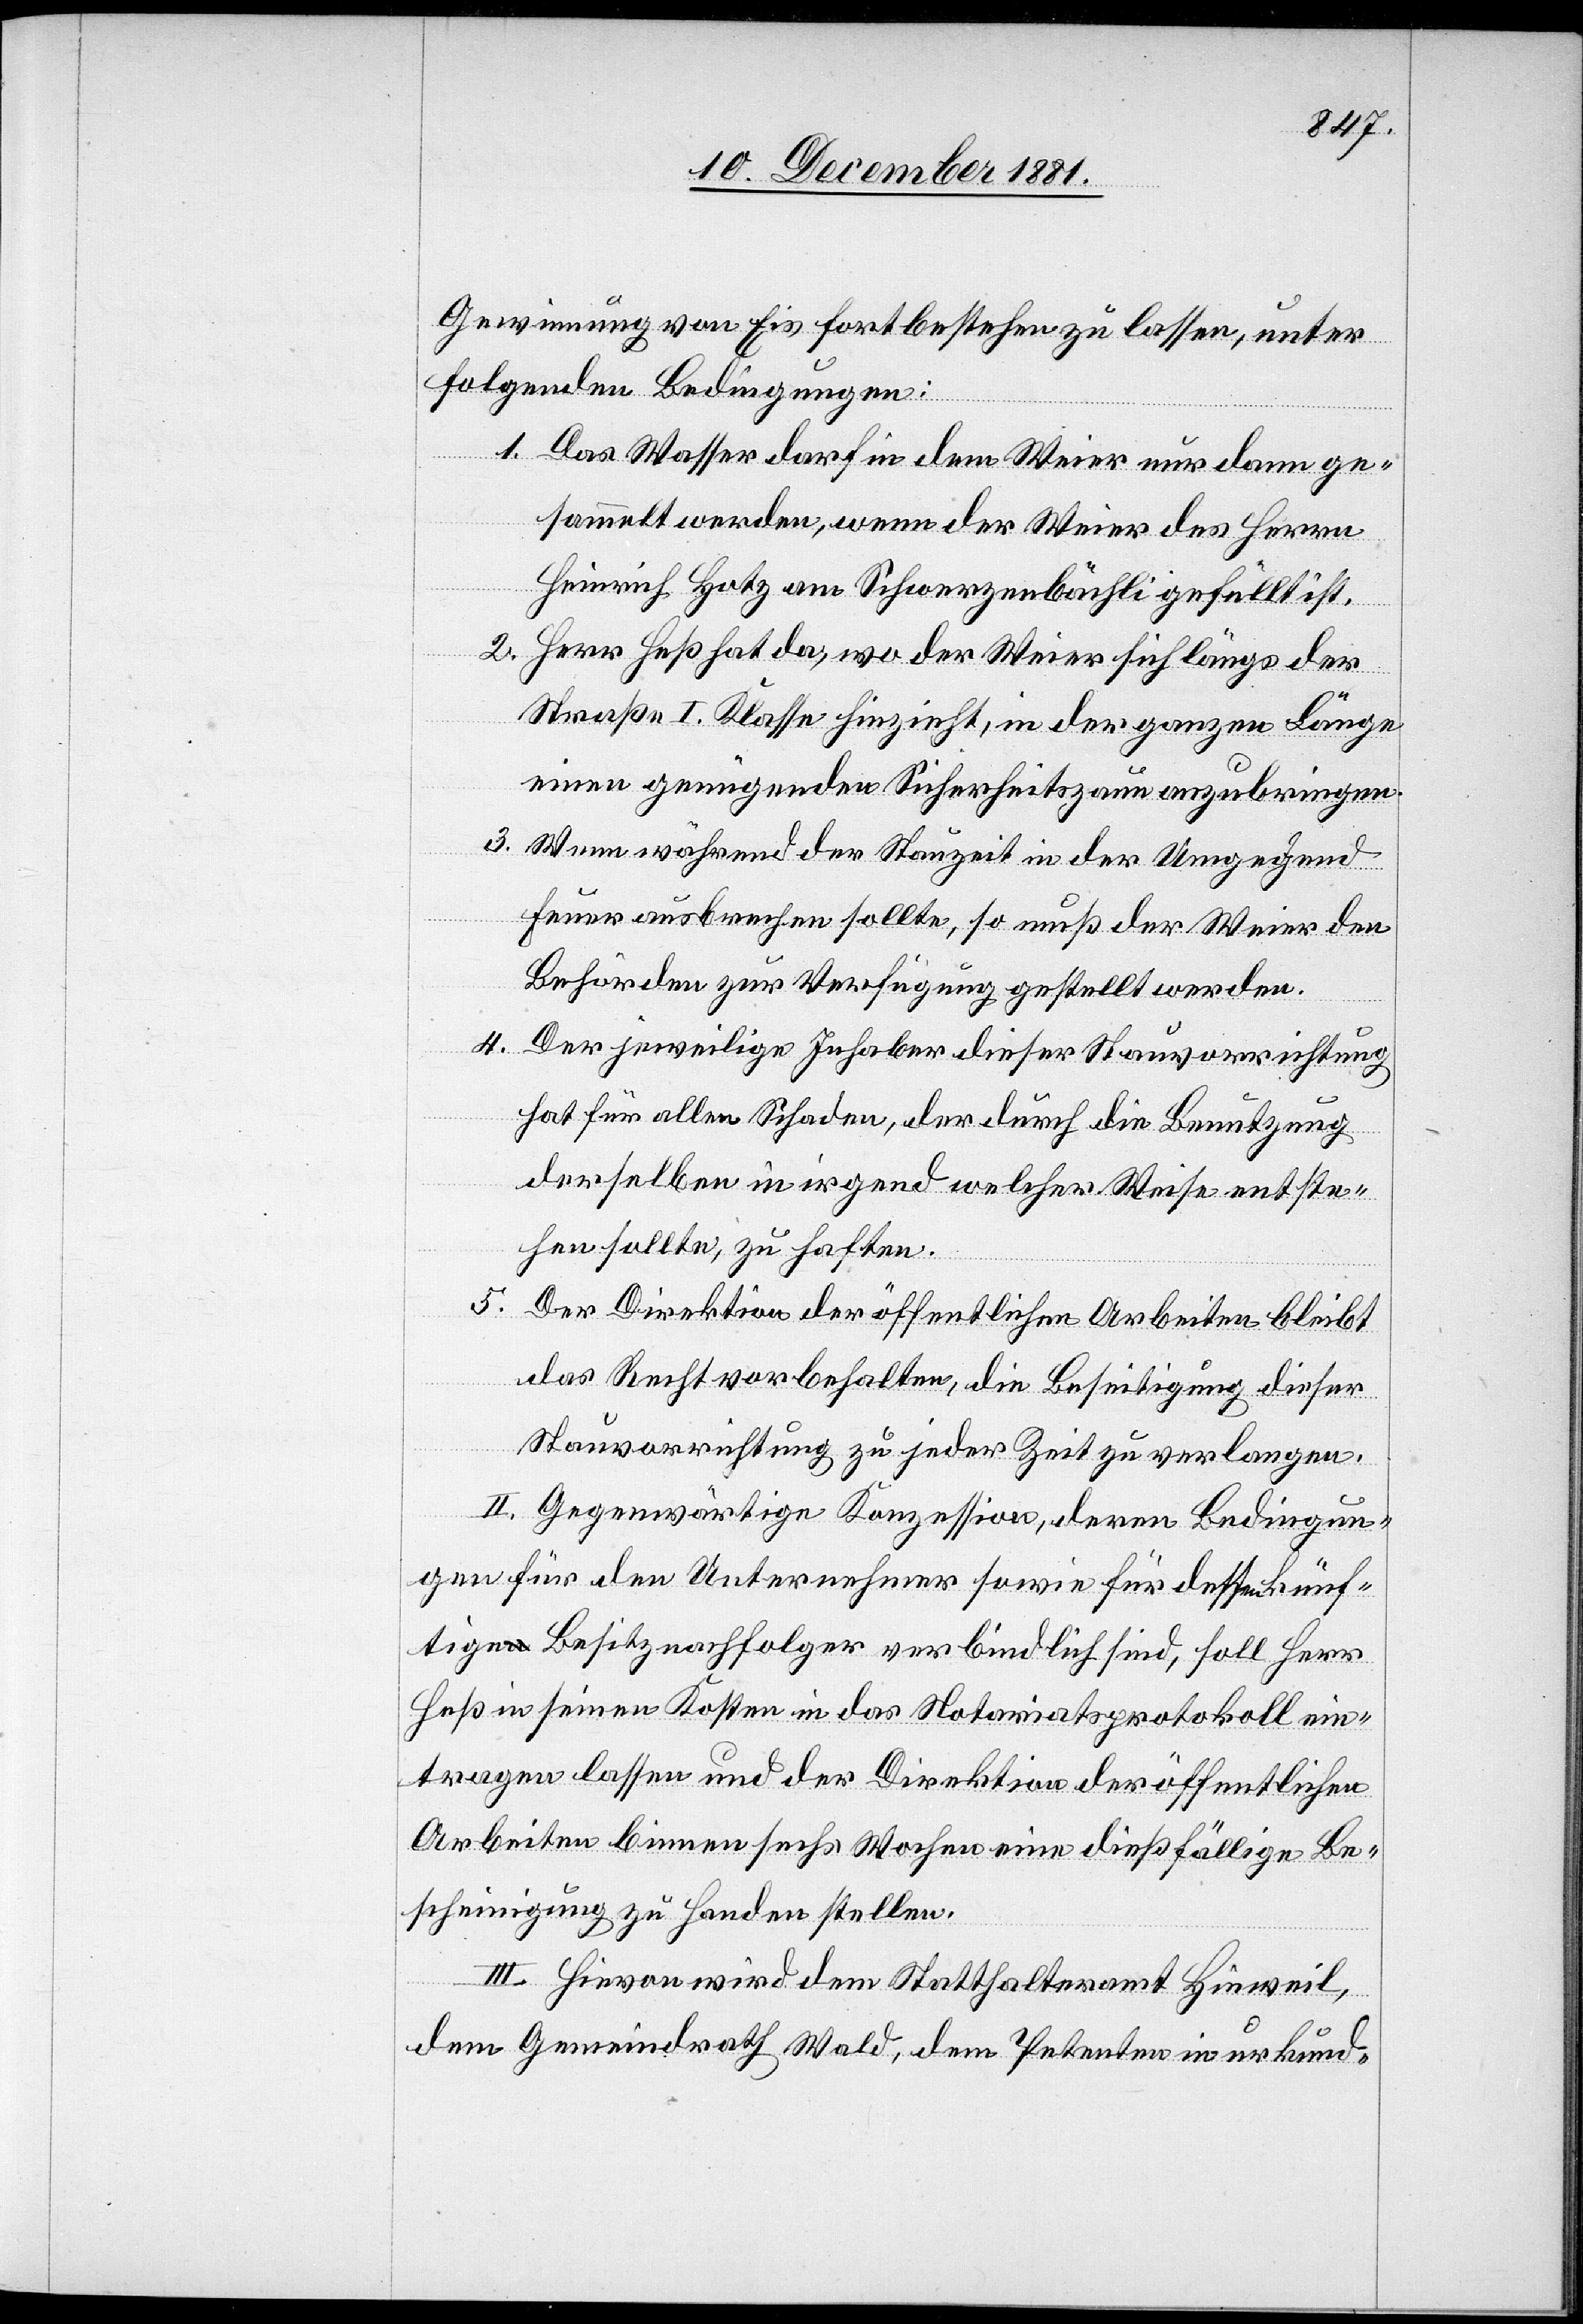
Gewinnung von Eis fortbestehen zu lassen, unter
folgenden Bedingungen:
1. Das Wasser darf in dem Weier nur dann ge¬
sammelt werden, wenn der Weier des Herrn
Heinrich Hotz am Schwarzenbächli gefüllt ist.
2. Herr Heß hat da, wo der Weier sich längs der
Straße I. Klasse hinzieht, in der ganzen Länge
einen genügenden Sicherheitszaun anzubringen.
3. Wenn während der Stauzeit in der Umgebung
Feuer ausbrechen sollte, so muß der Weier den
Behörden zur Verfügung gestellt werden.
4.
Der jeweilige Inhaber dieser Stauvorrichtung
hat für allen Schaden, der durch die Benutzung
derselben in irgend welcher Weise entste¬
hen sollte, zu haften.
5. Der Direktion der öffentlichen Arbeiten bleibt
das Recht vorbehalten, die Beseitigung dieser
Stauvorrichtung zu jeder Zeit zu verlangen.
II. Gegenwärtige Konzession, deren Bedingun¬
gen für den Unternehmer sowie für dessen künf¬
tige Besitznachfolger verbindlich sind, soll Herr
Heß in seinen Kosten in das Notariatsprotokoll ein¬
tragen lassen und der Direktion der öffentlichen
Arbeiten binnen sechs Wochen eine dießfällige Be¬
scheinigung zu Handen stellen.
III. Hievon wird dem Statthalteramt Hinweil,
dem Gemeindrath Wald, dem Petenten in urkund-